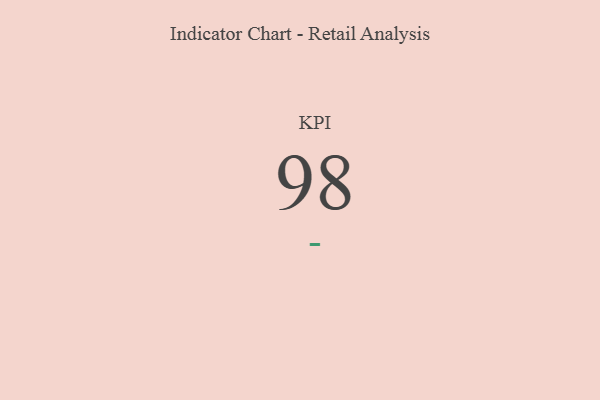
{"axis": {"x": "KPI", "y": "Value"}, "legend": [""], "data": [{"x": "KPI", "y": 98, "type": ""}]}